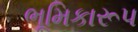
ભૂમિકારૂપ